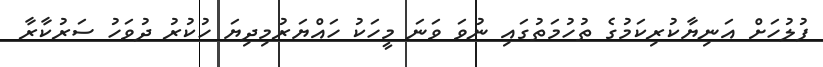
ފުލުހަށް އަނިޔާކުރިކަމުގެ ތުހުމަތުގައި ނުވަ ވަނަ މީހަކު ހައްޔަރުމިދިޔަ ހުކުރު ދުވަހު ސަރުކާރާ